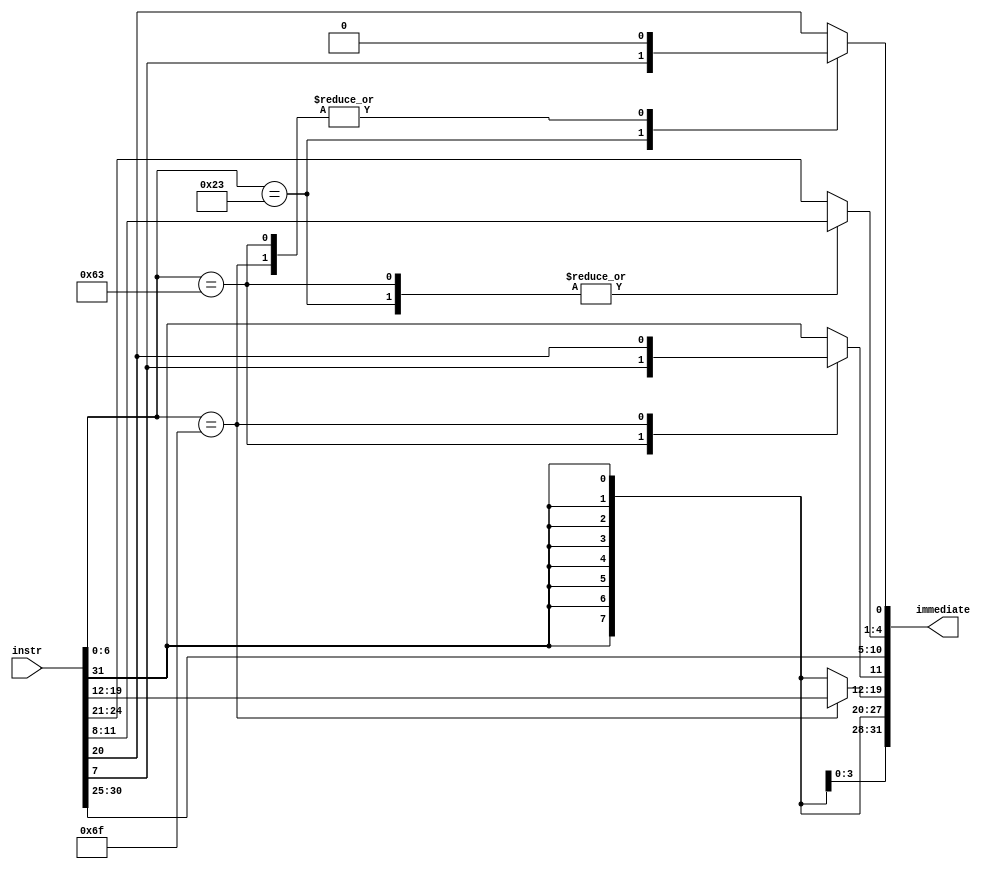
module Imm_Gen(
    instr,
    immediate
    );
    input [31:0] instr;
    output reg signed [31:0] immediate;

    wire [6:0] opcode; 
    assign opcode = instr[6:0];

    //type 
    localparam ITYPE = 7'b0010011;
    localparam JTYPE = 7'b1101111;
    localparam BTYPE = 7'b1100011;
    localparam STYPE = 7'b0100011; 

    always@(*) begin
        case(opcode)
            ITYPE: //I TYPE
            begin
                immediate[31:11] = {21{instr[31]}};
                immediate[10:5]  = instr[30:25];
                immediate[4:1]   = instr[24:21];
                immediate[0]     = instr[20];
            end
            STYPE: //SW
            begin
                immediate[31:11] = {21{instr[31]}};
                immediate[10:5] = instr[30:25];
                immediate[4:1] = instr[11:8];
                immediate[0] = instr[7];
            end
            BTYPE: //BEQ
            begin
                immediate[31:12] = {20{instr[31]}};
                immediate[11] = instr[7];
                immediate[10:5] = instr[30:25];
                immediate[4:1] = instr[11:8];
                immediate[0] = 0;
            end
            JTYPE: //JAL
            begin
                immediate[31:20] = {12{instr[31]}};
                immediate[19:12] = instr[19:12];
                immediate[11] = instr[20];
                immediate[10:5] = instr[30:25];
                immediate[4:1] = instr[24:21];
                immediate[0] = 0;
            end
            default: //JALR LW RTYPE
            begin
                immediate[31:11] = {21{instr[31]}};
                immediate[10:5] = instr[30:25];
                immediate[4:1] = instr[24:21];
                immediate[0] = instr[20];
            end
        endcase
    end
endmodule